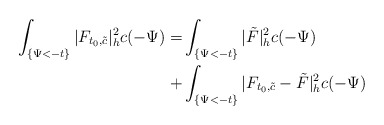
\begin{align*}\int_{ \{ \Psi<-t\}}|F_{t_0,\tilde{c}}|^2_hc(-\Psi)=&\int_{ \{ \Psi<-t\}}|\tilde{F}|^2_hc(-\Psi)\\+&\int_{ \{ \Psi<-t\}}|F_{t_0,\tilde{c}}-\tilde{F}|^2_hc(-\Psi)\end{align*}